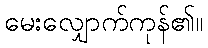
မေးလျှောက်ကုန်၏။